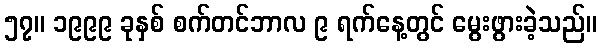
၅၇။ ၁၉၉၉ ခုနှစ် စက်တင်ဘာလ ၉ ရက်နေ့တွင် မွေးဖွားခဲ့သည်။